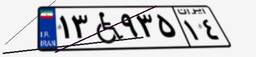
۲۷W۳۰۰۰۹